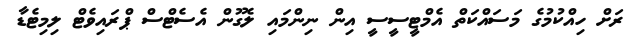
ރަށް ހިއްކުމުގެ މަސައްކަތް އެމްޓީސީސީ އިން ނިންމައި ލެގޫން އެސެޓްސް ޕްރައިވެޓް ލިމިޓެޑާ